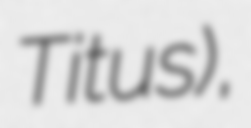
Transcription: Titus),